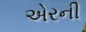
એરની